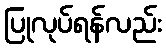
ပြုလုပ်ရန်လည်း